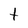
Character: t